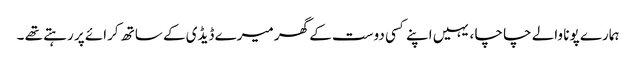
ہمارے پونا والے چا چا ، یہیں اپنے کسی دوست کے گھر میرے ڈیڈی کے ساتھ کرائے پر رہتے تھے ۔